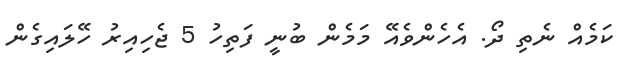
ކަމެއް ނެތި ދޯ. އެހެންވެއޭ މަމެން ބުނީ ފަތިހު 5 ޖެހިއިރު ހޭލައިގެން